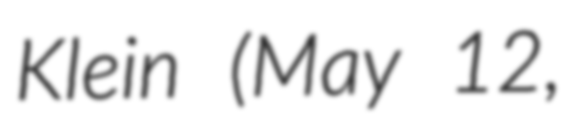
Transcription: Klein (May 12,